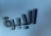
الإبرة